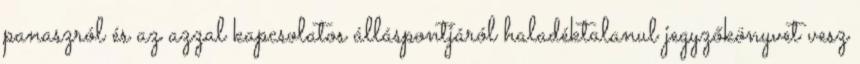
panaszról és az azzal kapcsolatos álláspontjáról haladéktalanul jegyzőkönyvet vesz